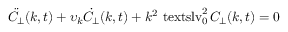
\ensuremath { \ddot { C } _ { \! \! \: \perp } } ( k , t ) + \upsilon _ { k } \ensuremath { \dot { C } _ { \! \! \: \perp } } ( k , t ) + k ^ { 2 } \ensuremath { \mathrm { \ t e x t s l { v } } _ { 0 } } ^ { 2 } \, \ensuremath { C _ { \! \! \: \perp } } ( k , t ) = 0